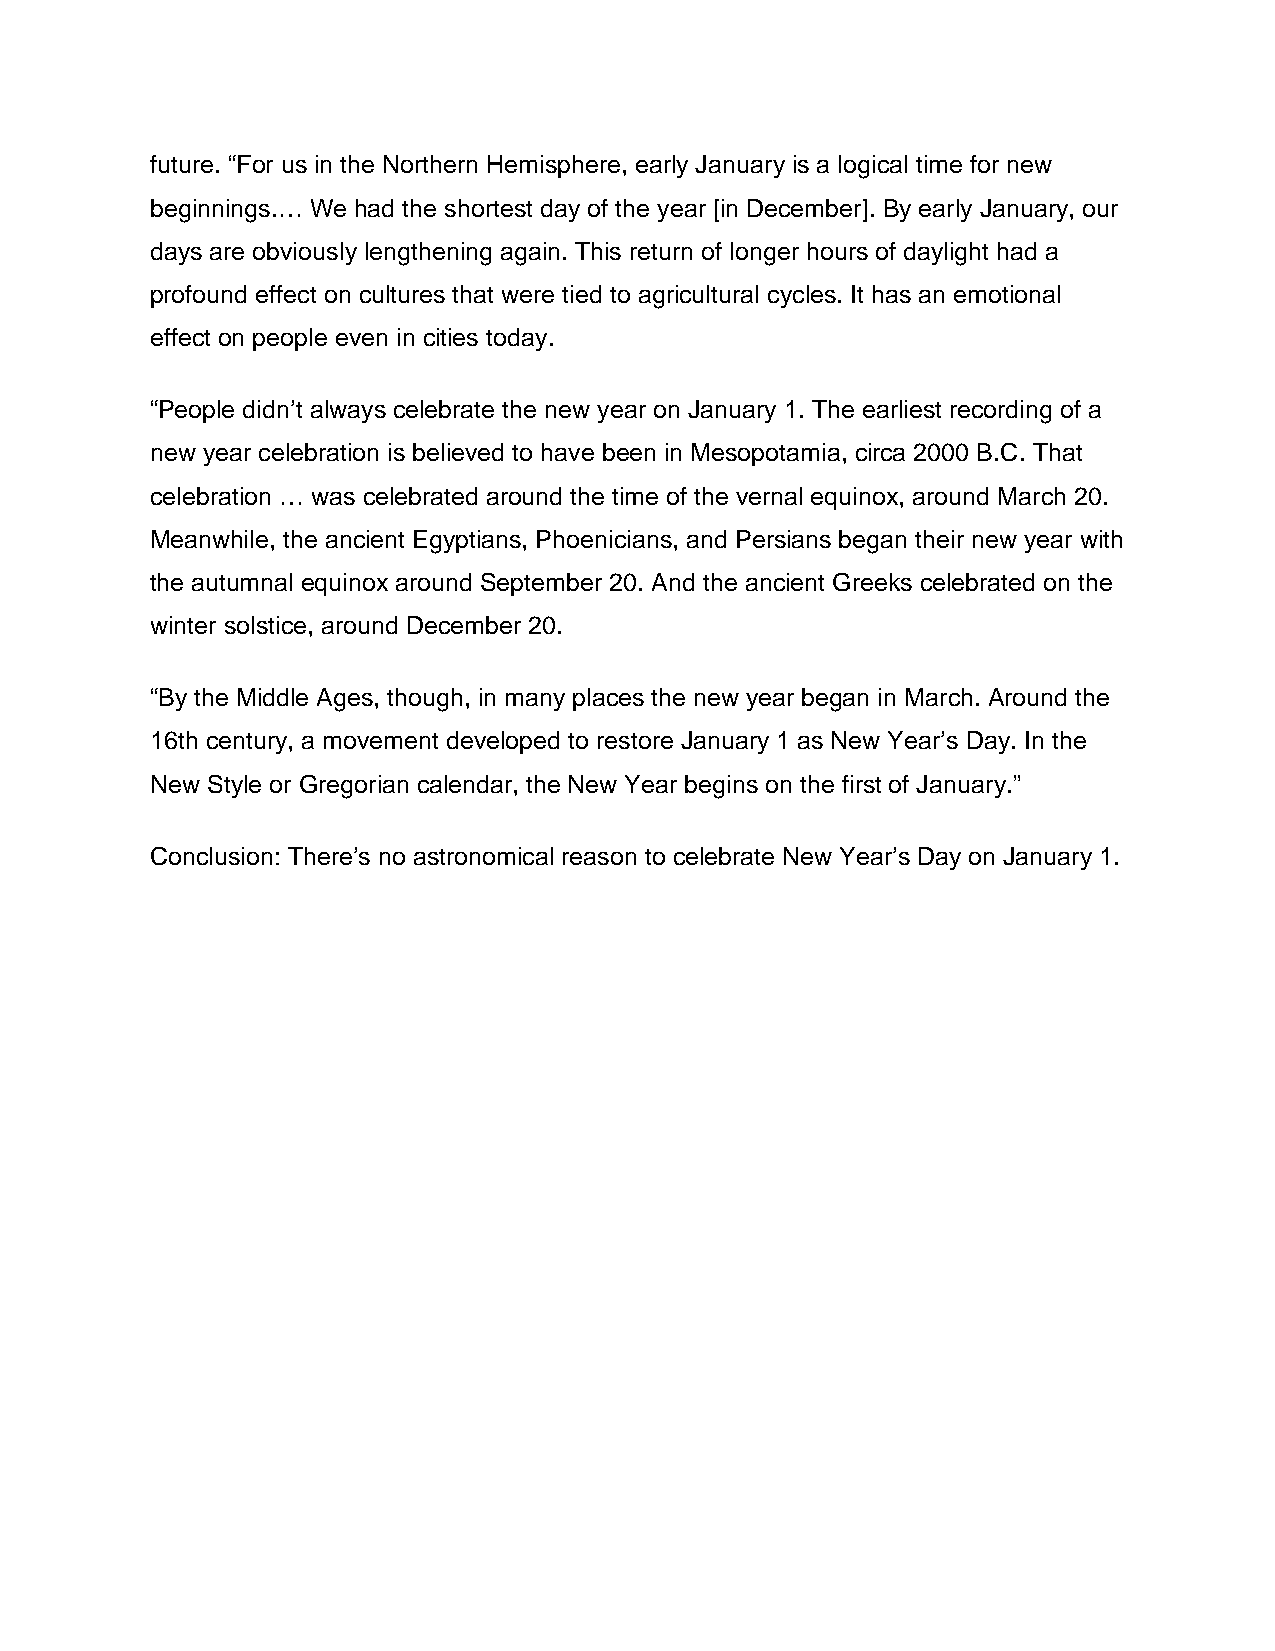
future. “For us in the Northern Hemisphere, early January is a logical time for new
 beginnings.… We had the shortest day of the year [in December]. By early January, our
 days are obviously lengthening again. This return of longer hours of daylight had a
 profound effect on cultures that were tied to agricultural cycles. It has an emotional
 effect on people even in cities today.
 “People didn’t always celebrate the new year on January 1. The earliest recording of a
 new year celebration is believed to have been in Mesopotamia, circa 2000 B.C. That
 celebration … was celebrated around the time of the vernal equinox, around March 20.
 Meanwhile, the ancient Egyptians, Phoenicians, and Persians began their new year with
 the autumnal equinox around September 20. And the ancient Greeks celebrated on the
 winter solstice, around December 20.
 “By the Middle Ages, though, in many places the new year began in March. Around the
 16th century, a movement developed to restore January 1 as New Year’s Day. In the
 New Style or Gregorian calendar, the New Year begins on the first of January.”
 Conclusion: There’s no astronomical reason to celebrate New Year’s Day on January 1.